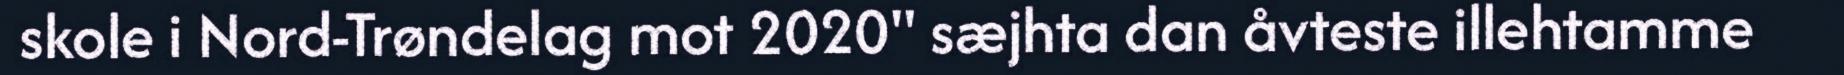
skole i Nord-Trøndelag mot 2020" sæjhta dan åvteste illehtamme